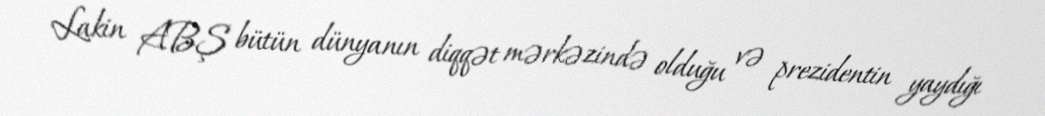
Lakin ABŞ bütün dünyanın diqqət mərkəzində olduğu və prezidentin yaydığı